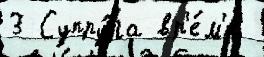
3 Супру́га вр'е́м'я